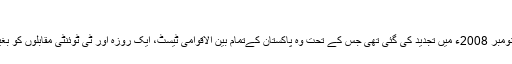
"
ٹین اسپورٹس کے ساتھ پاکستان کرکٹ بورڈ کے پانچ سالہ معاہدہ کی نومبر 2008ء میں تجدید کی گئی تھی جس کے تحت وہ پاکستان کےتمام بین الاقوامی ٹیسٹ، ایک روزہ اور ٹی ٹوئنٹی مقابلوں کو بغیر ڈی آر ایس ٹیکنالوجی کے نشر اور تقسیم کرنے کے حق رکھتا ہے۔